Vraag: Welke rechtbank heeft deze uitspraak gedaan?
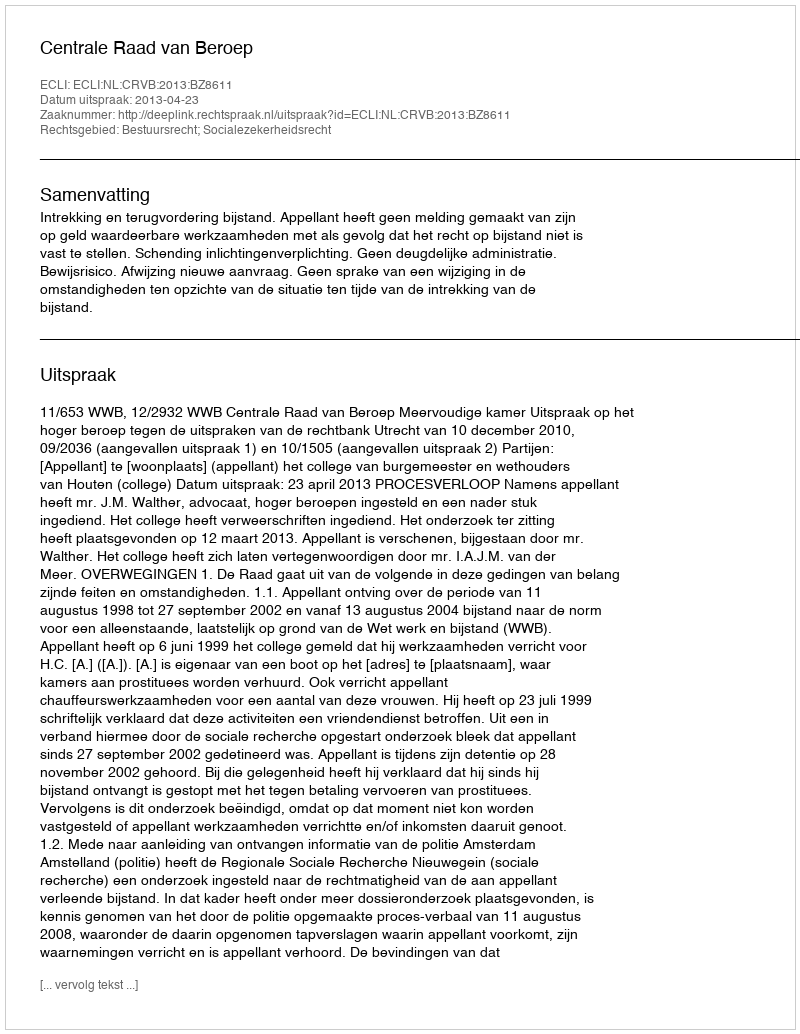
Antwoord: Centrale Raad van Beroep